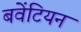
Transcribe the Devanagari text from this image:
बवेंटियन